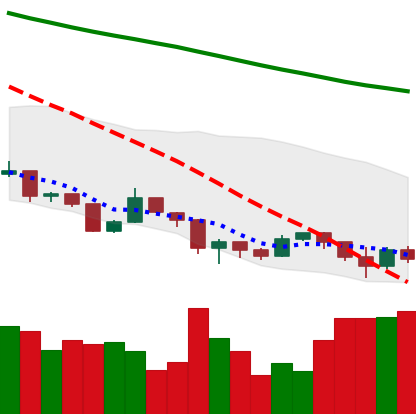
Ticker: XLM-USD
Chart end date: 2019-08-24
Forward return: -6.405%
Label: down_5_7